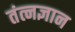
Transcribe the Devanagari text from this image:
तंत्नज्ञान